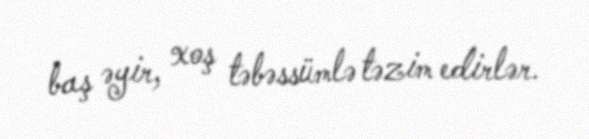
baş əyir, xoş təbəssümlə təzim edirlər.